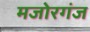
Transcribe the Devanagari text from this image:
मजोरगंज